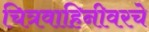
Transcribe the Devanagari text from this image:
चित्रवाहिनीवरचे